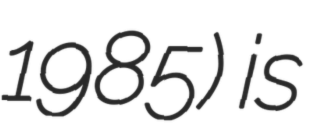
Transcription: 1985) is